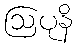
ဩပုနိ